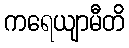
ကရေယျာမီတိ